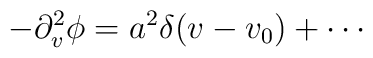
- \partial_v^2 \phi = a^2 \delta (v - v_0) + \cdots